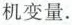
机变量。